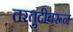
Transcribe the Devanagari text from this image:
तरतुदीवरून